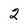
Character: 2